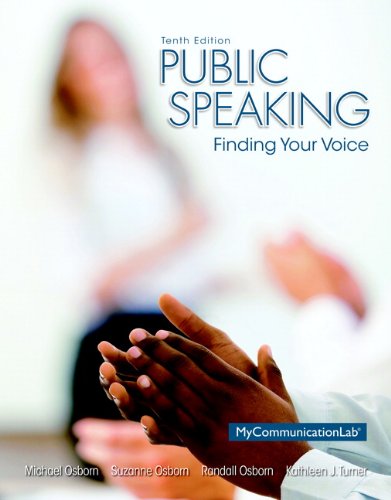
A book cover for Public Speaking: Finding Your Voice (10th Edition); Michael Osborn; Politics & Social Sciences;